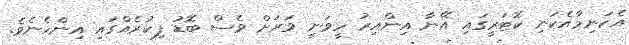
އެކަނިމާއެކަނި ކޮޓަރީގައި އޭނާ އިންއިރު ހީވަނީ ވަރަށް ވެސް ބޮޑު ފިކުރެއްގައި އިންހެނެވެ.